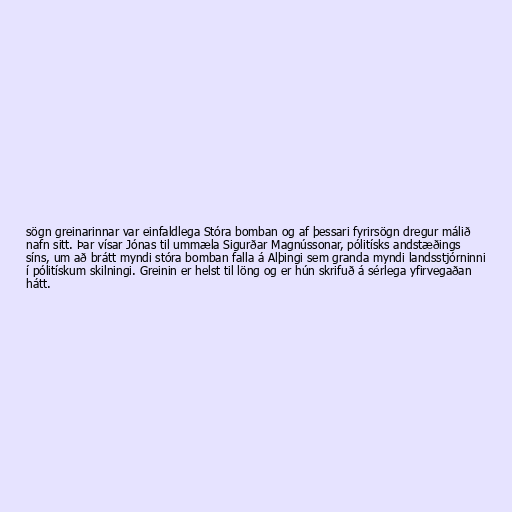
sögn greinarinnar var einfaldlega Stóra bomban og af þessari fyrirsögn dregur málið
nafn sitt. Þar vísar Jónas til ummæla Sigurðar Magnússonar, pólitísks andstæðings
síns, um að brátt myndi stóra bomban falla á Alþingi sem granda myndi landsstjórninni
í pólitískum skilningi. Greinin er helst til löng og er hún skrifuð á sérlega yfirvegaðan
hátt.